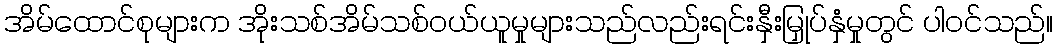
အိမ်ထောင်စုများက အိုးသစ်အိမ်သစ်ဝယ်ယူမှုများသည်လည်းရင်းနှီးမြှုပ်နှံမှုတွင် ပါဝင်သည်။